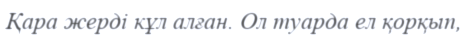
Қара жерді кұл алған. Ол туарда ел қорқып,